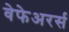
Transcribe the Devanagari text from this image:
वेफेअरर्स